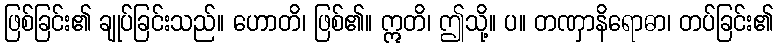
ဖြစ်ခြင်း၏ ချုပ်ခြင်းသည်။ ဟောတိ၊ ဖြစ်၏။ ဣတိ၊ ဤသို့။ ပ။ တဏှာနိရောဓာ၊ တပ်ခြင်း၏